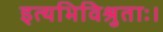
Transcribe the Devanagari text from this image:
इत्यभिविश्रुताः।